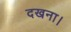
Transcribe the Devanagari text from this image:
दखना।